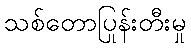
သစ်တောပြုန်းတီးမှု